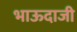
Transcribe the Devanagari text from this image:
भाऊदाजी